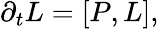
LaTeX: \begin{array}{r}{\partial_{t}L=[P,L],}\end{array}